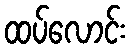
ထပ်လောင်း